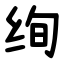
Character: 绚